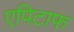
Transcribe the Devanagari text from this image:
एपिटाफ